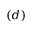
( d )